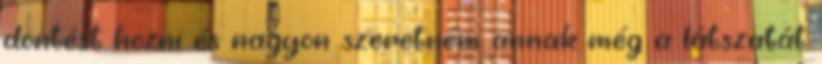
döntést hozni és nagyon szeretném annak még a látszatát